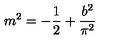
m ^ { 2 } = - \frac { 1 } { 2 } + \frac { b ^ { 2 } } { \pi ^ { 2 } }